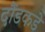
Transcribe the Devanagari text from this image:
दौंडकडे